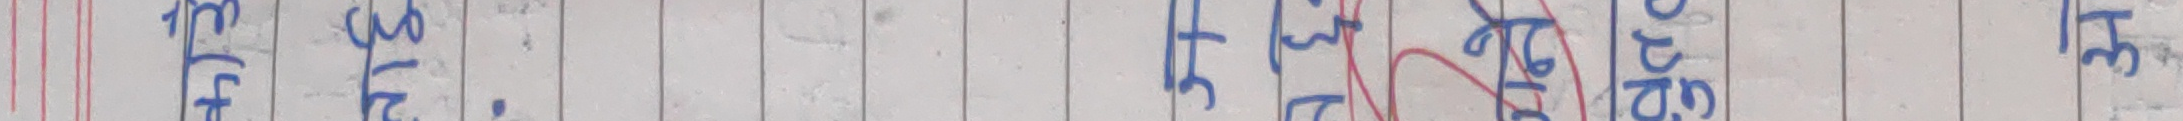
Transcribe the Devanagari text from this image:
सूर्य.